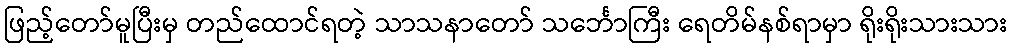
ဖြည့်တော်မူပြီးမှ တည်ထောင်ရတဲ့ သာသနာတော် သင်္ဘောကြီး ရေတိမ်နစ်ရာမှာ ရိုးရိုးသားသား